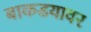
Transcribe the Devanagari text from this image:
बाकडयावर